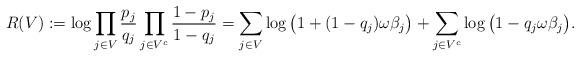
LaTeX: \begin{align*} R(V):=\log \prod_{j\in V}\frac{p_j}{q_j}\prod_{j\in V^c} \frac{1-p_j}{1-q_j}=\sum_{j\in V} \log\big(1+(1-q_j)\omega \beta_j \big)+ \sum_{j\in V^c} \log\big( 1- q_j\omega \beta_j\big).\end{align*}